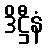
ဒိဋ္ဌီနံ